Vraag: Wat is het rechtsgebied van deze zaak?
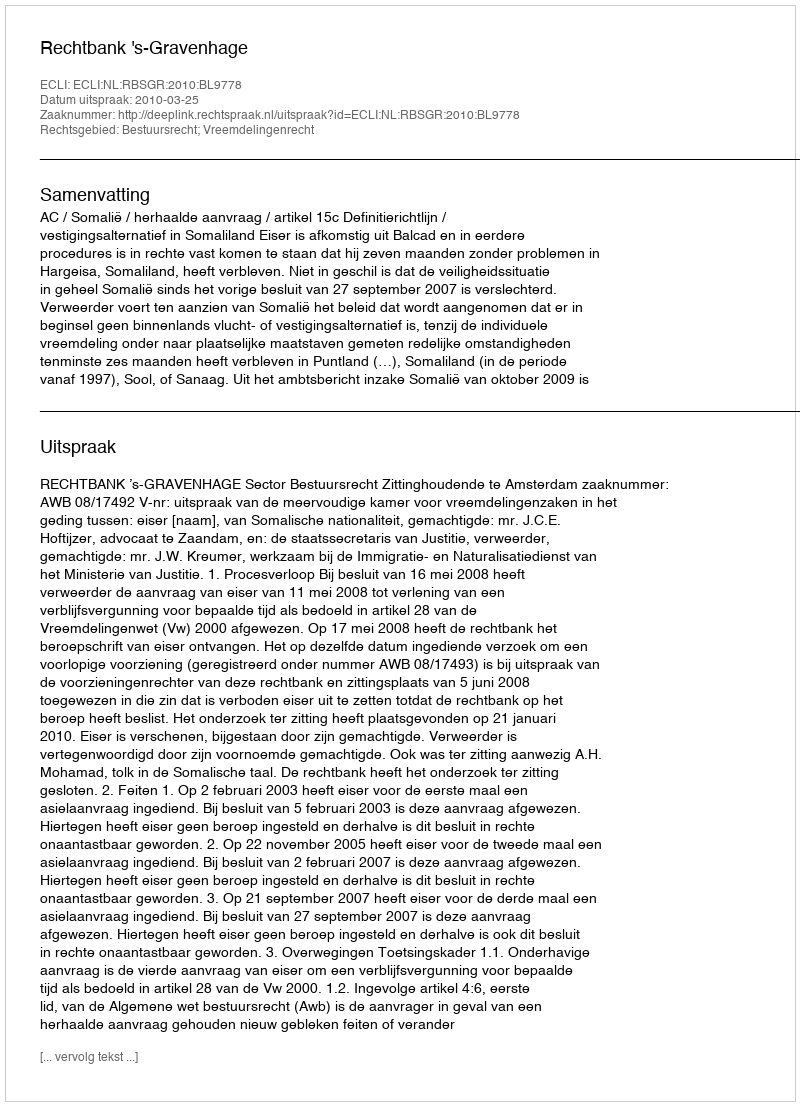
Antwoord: Bestuursrecht; Vreemdelingenrecht